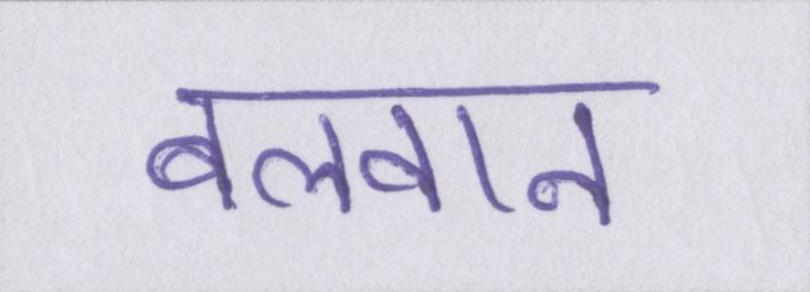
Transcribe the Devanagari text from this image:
बलवान